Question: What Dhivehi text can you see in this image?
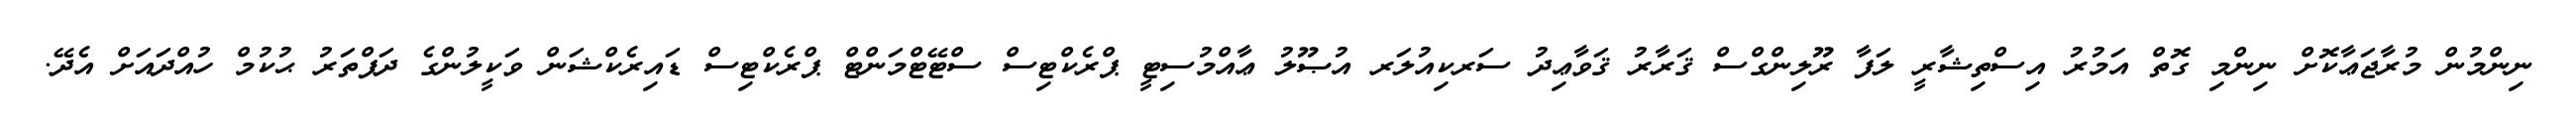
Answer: ނިންމުން މުރާޖަޢާކޮށް ނިންމި ގޮތް އަމުރު އިސްތިޝާރީ ލަފާ ރޫލިންގްސް ޤަރާރު ޤަވާޢިދު ސަރކިއުލަރ އުޞޫލު ޢާއްމުސިޓީ ޕްރެކްޓިސް ސްޓޭޓްމަންޓް ޕްރެކްޓިސް ޑައިރެކްޝަން ވަކީލުންގެ ދަފްތަރު ޙުކުމް ހުއްދައަށް އެދޭ.